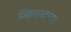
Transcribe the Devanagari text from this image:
गिलाव्यावर